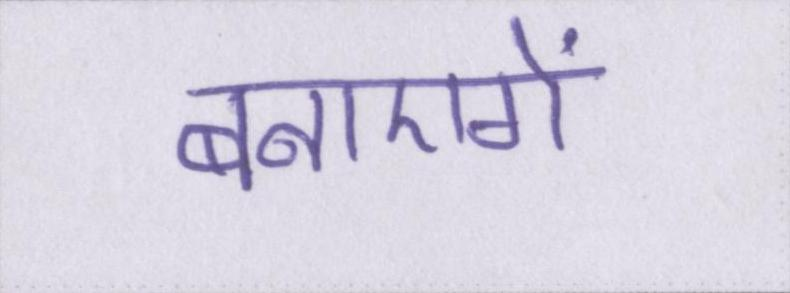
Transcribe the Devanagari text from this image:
बनाएगें